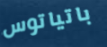
باتياتوس